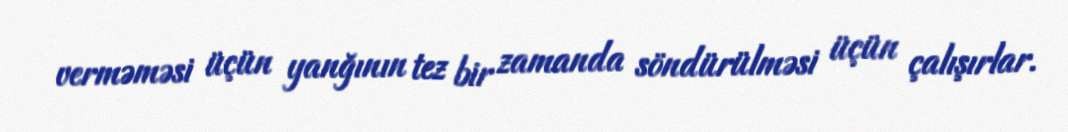
verməməsi üçün yanğının tez bir zamanda söndürülməsi üçün çalışırlar.